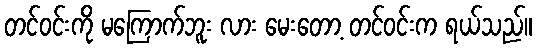
တင်ဝင်းကို မကြောက်ဘူး လား မေးတော့ တင်ဝင်းက ရယ်သည်။